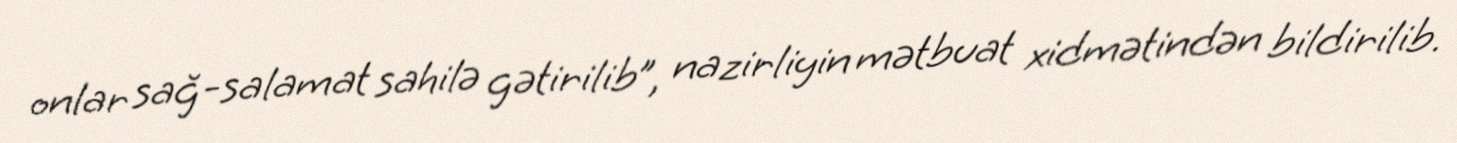
onlar sağ-salamat sahilə gətirilib”, nazirliyin mətbuat xidmətindən bildirilib.